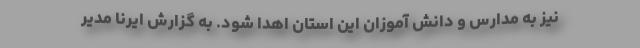
نیز به مدارس و دانش آموزان این استان اهدا شود. به گزارش ایرنا مدیر